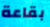
بقاعة